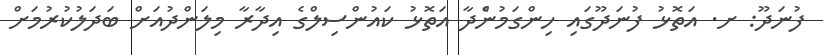
ފުނަދޫ: ށ. އަތޮޅު ފުނަދޫގައި ހިންގަމުންެދާ އަތޮޅު ކައުންސިލްގެ އިދާރާ މިލަންދުއަށް ބަދަލުކުރުމަށް